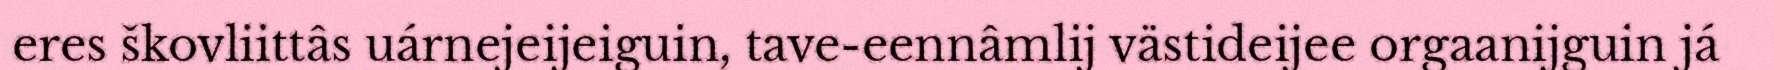
eres škovliittâs uárnejeijeiguin, tave-eennâmlij västideijee orgaanijguin já